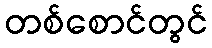
တစ်စောင်တွင်